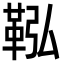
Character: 鞃